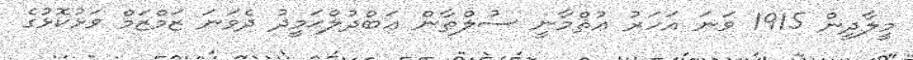
މީލާދީން 1915 ވަނަ އަހަރު ޢުޘްމާނީ ސުލްޠާން ޢަބްދުލްޙަމީދު ދެވަނަ ޒަމްޒަމް ވަޅުކޮޅުގެ